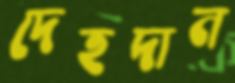
দেহদান